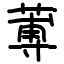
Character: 蒪